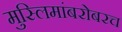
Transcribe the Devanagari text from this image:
मुस्लिमांबरोबरच